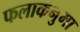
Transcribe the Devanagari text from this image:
फलाकनुमा